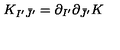
K _ { I ^ { \prime } \bar { J } ^ { \prime } } = \partial _ { I ^ { \prime } } \partial _ { \bar { J } ^ { \prime } } K